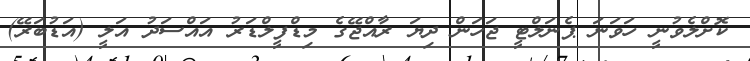
ކޮށްލެވުނީ ހަވަނަ ޕެނަލްޓީ ޖަހަން ދިޔަ ރާއްޖޭގެ މިޑްފީލްޑަރު އައްސަދު އަލީ (އަޑުބަރޭ)